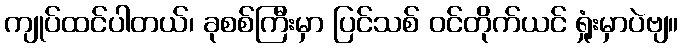
ကျုပ်ထင်ပါတယ်၊ ခုစစ်ကြီးမှာ ပြင်သစ် ဝင်တိုက်ယင် ရှုံးမှာပဲဗျ။